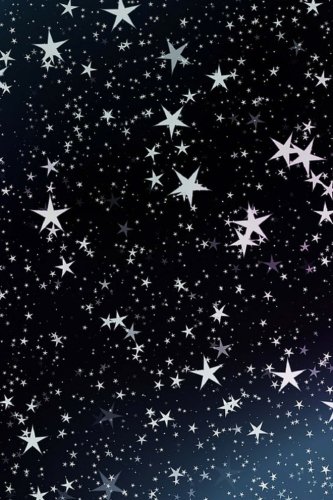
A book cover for Star Journal: 160 Page Lined Journal/Notebook; Mahtava Journals; Literature & Fiction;